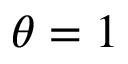
\theta = 1